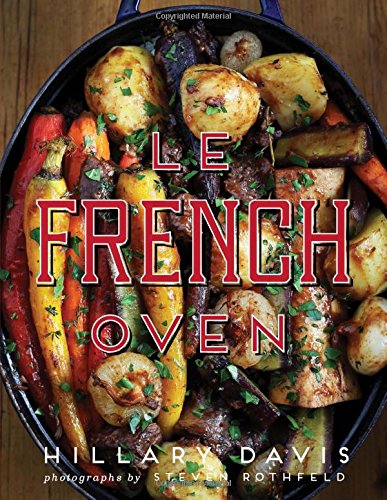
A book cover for Le French Oven; Hillary Davis; Cookbooks, Food & Wine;